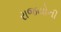
રાજયોની